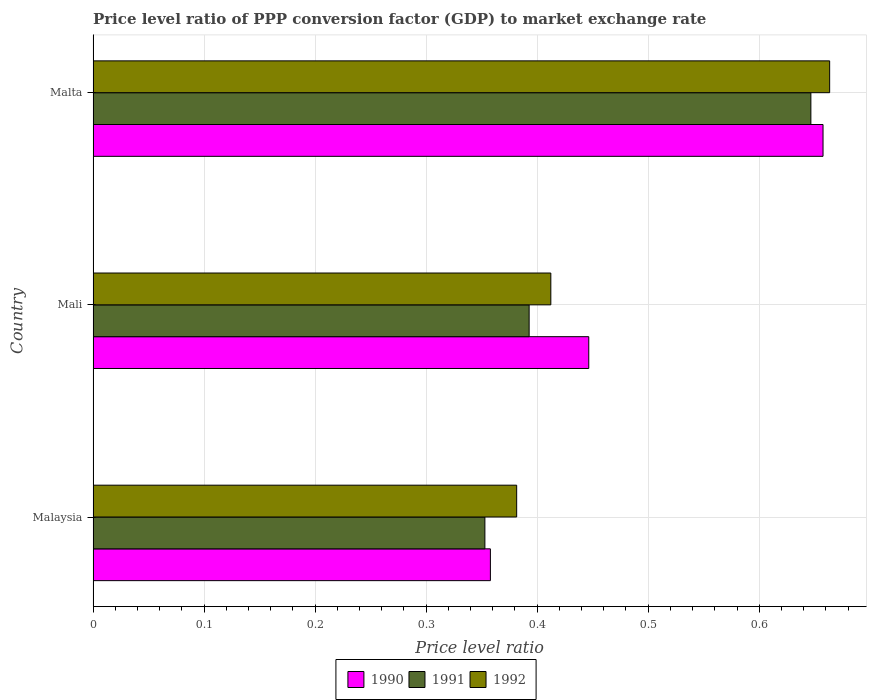
| Country | 1990 | 1991 | 1992 |
 | --- | --- | --- | --- |
 | Malaysia | 0.358 | 0.353 | 0.382 |
 | Mali | 0.446 | 0.393 | 0.412 |
 | Malta | 0.657 | 0.647 | 0.663 |